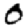
Digit: 0